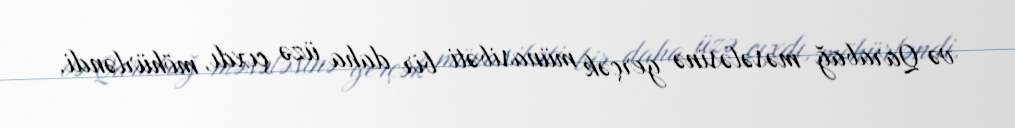
və Qarabağ məsələsinə gerçək münasibəti bir daha üzə çıxdı, möhürləndi.